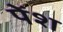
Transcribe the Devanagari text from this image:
पेंश